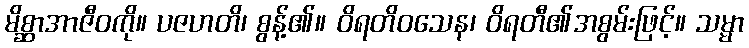
မိစ္ဆာအာဇီဝကို။ ပဇဟတိ၊ စွန့်၏။ ဝိရတိဝသေန၊ ဝိရတီ၏အစွမ်းဖြင့်။ သမ္မာ